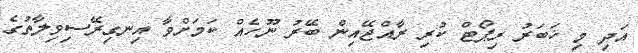
އަދި މި ޚަބަރު ރިޕޯޓް ކުރި ރާއްޖޭއިން ބޭރު ނޫހެއް ކަމަށްވާ އިނގިރޭސިވިލާތުގެ